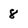
Character: 8